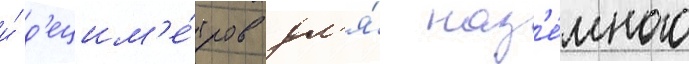
и́ д'ецим'е́тров дл'я́ наз'е́много